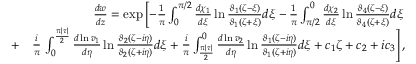
\begin{array} { r l r } & { } & { \frac { d w } { d z } = \exp \left[ - \frac { 1 } { \pi } \int _ { 0 } ^ { \pi / 2 } \frac { d \chi _ { 1 } } { d \xi } \ln \frac { \vartheta _ { 1 } ( \zeta - \xi ) } { \vartheta _ { 1 } ( \zeta + \xi ) } d \xi - \frac { 1 } { \pi } \int _ { \pi / 2 } ^ { 0 } \frac { d \chi _ { 2 } } { d \xi } \ln \frac { \vartheta _ { 4 } ( \zeta - \xi ) } { \vartheta _ { 4 } ( \zeta + \xi ) } d \xi \right. } \\ & { + } & { \frac { i } { \pi } \left. \int _ { 0 } ^ { \frac { \pi | \tau | } { 2 } } \frac { d \ln v _ { 1 } } { d \eta } \ln \frac { \vartheta _ { 2 } ( \zeta - i \eta ) } { \vartheta _ { 2 } ( \zeta + i \eta ) } d \xi + \frac { i } { \pi } \int _ { \frac { \pi | \tau | } { 2 } } ^ { 0 } \frac { d \ln v _ { 2 } } { d \eta } \ln \frac { \vartheta _ { 1 } ( \zeta - i \eta ) } { \vartheta _ { 1 } ( \zeta + i \eta ) } d \xi + c _ { 1 } \zeta + c _ { 2 } + i c _ { 3 } \right] , } \end{array}